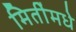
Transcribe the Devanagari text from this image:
मितींमधे